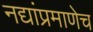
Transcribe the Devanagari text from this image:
नद्यांप्रमाणेच